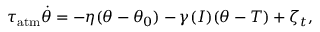
\tau _ { \mathrm { a t m } } \dot { \theta } = - \eta ( \theta - \theta _ { 0 } ) - \gamma ( I ) ( \theta - T ) + \zeta _ { t } ,